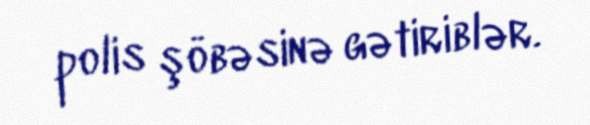
polis şöbəsinə gətiriblər.